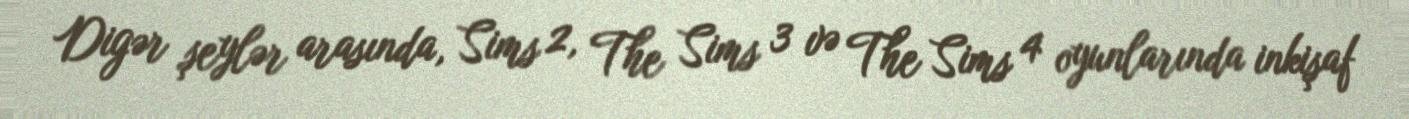
Digər şeylər arasında, Sims 2, The Sims 3 və The Sims 4 oyunlarında inkişaf